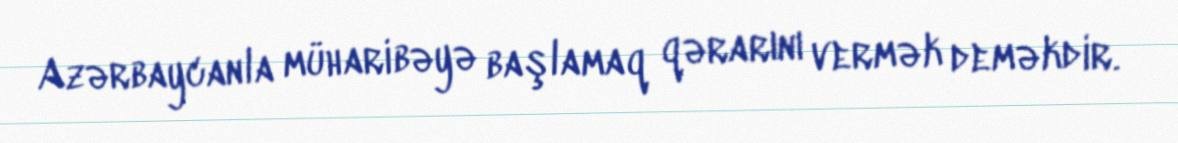
Azərbaycanla müharibəyə başlamaq qərarını vermək deməkdir.